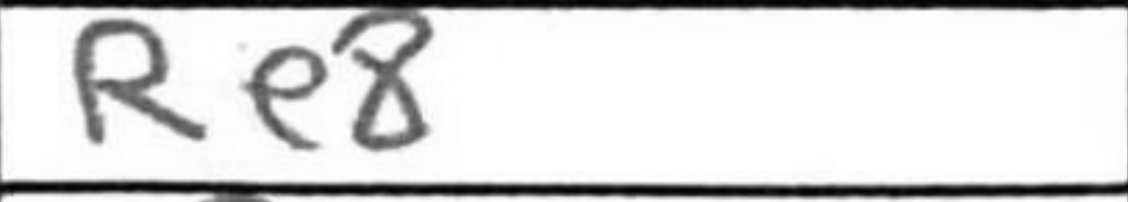
Transcription: Re8